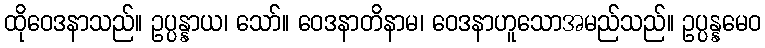
ထိုဝေဒနာသည်။ ဥပ္ပန္နာယ၊ သော်။ ဝေဒနာတိနာမ၊ ဝေဒနာဟူသောအမည်သည်။ ဥပ္ပန္နမေဝ